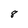
Character: 8